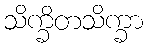
သိက္ခိတသိက္ခာ